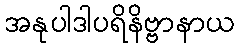
အနုပါဒါပရိနိဗ္ဗာနာယ